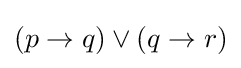
(p\rightarrow q)\lor (q\rightarrow r)